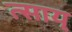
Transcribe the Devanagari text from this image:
त्साय्